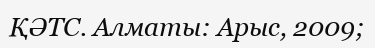
ҚӘТС. Алматы: Арыс, 2009;